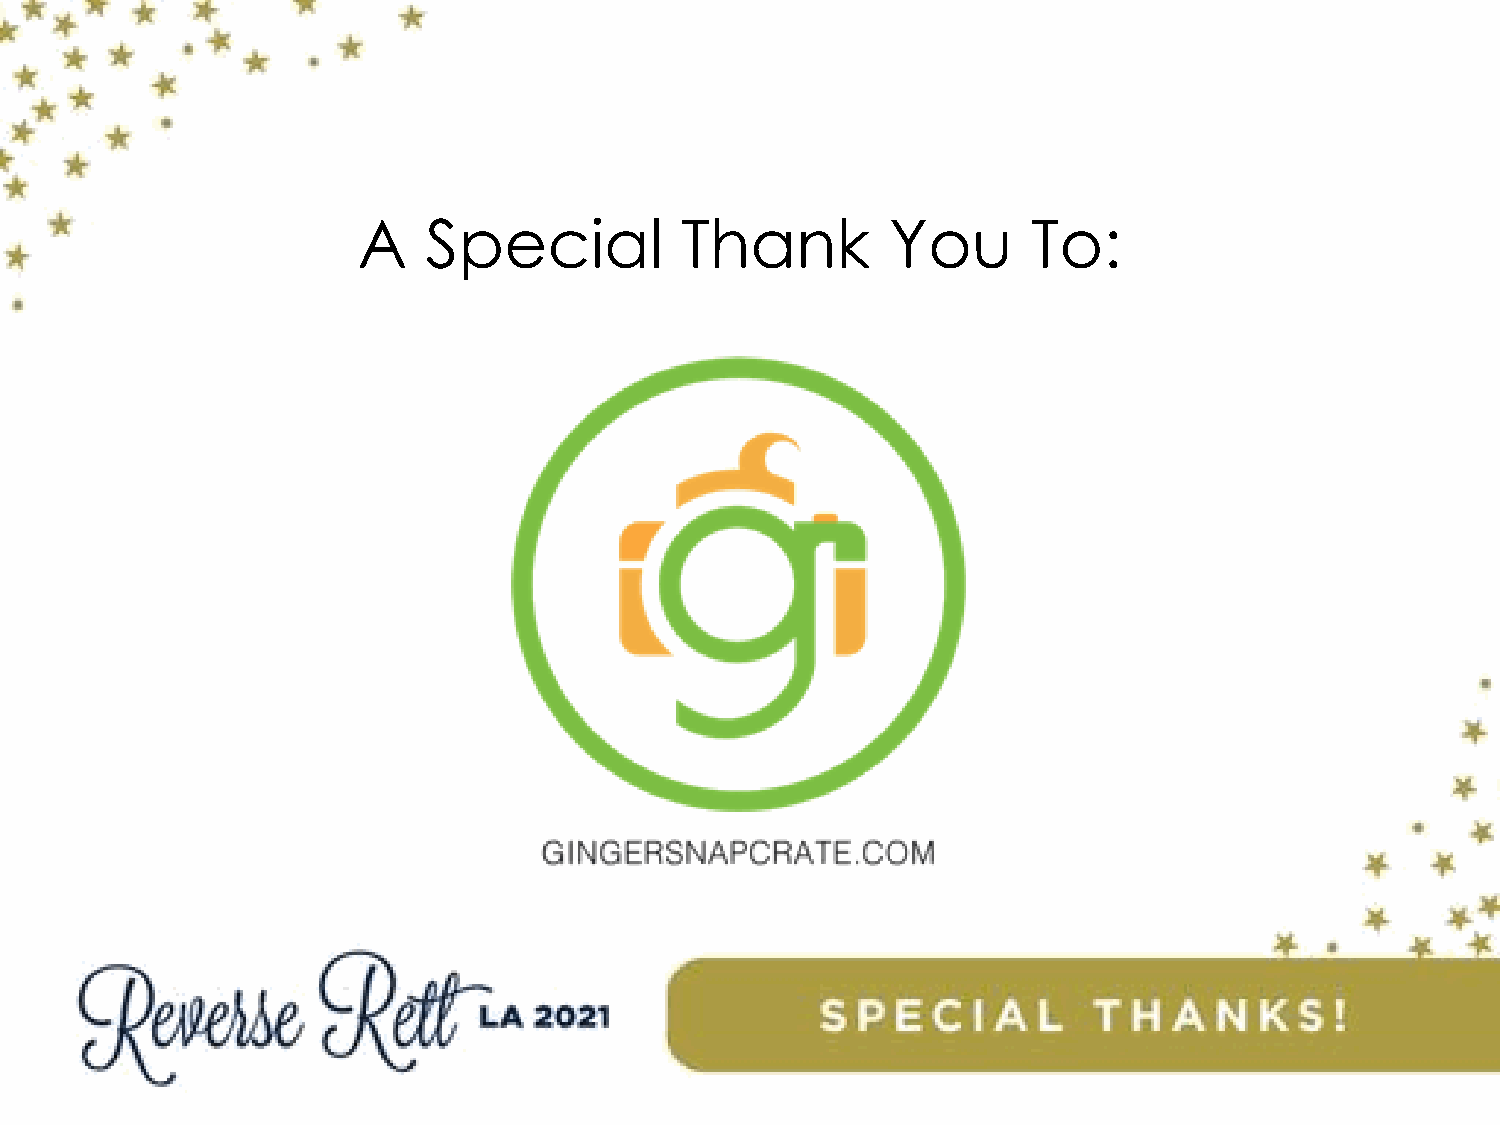
A   Special          Thank         You      To: